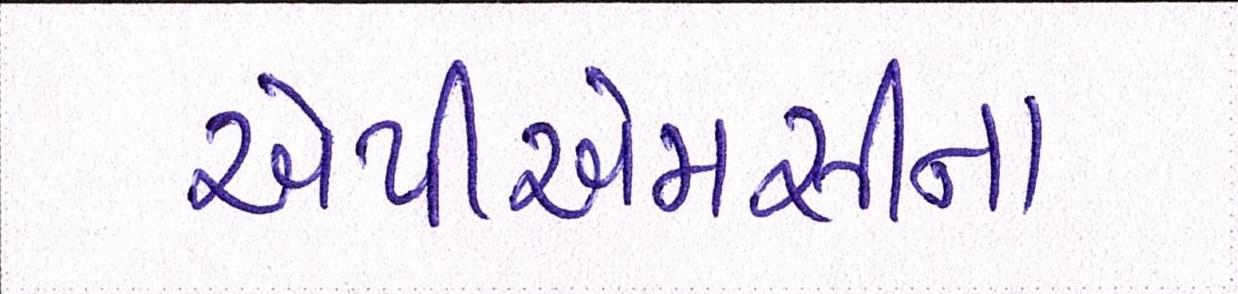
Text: એપીએમસીના